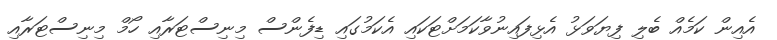
އެއިން ކަމެއް ބެލި ފިޔަވަޅު އެޅިފައިނުވާކަމަށްޓަކައި އެކަމުގައި ޑިފެންސް މިނިސްޓަރާއި ހޯމް މިނިސްޓަރާއި